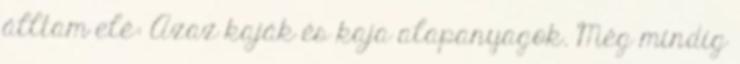
álltam elé: Azaz kaják és kaja alapanyagok. Még mindig